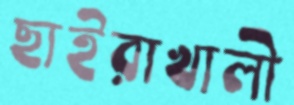
ছাইরাখালী